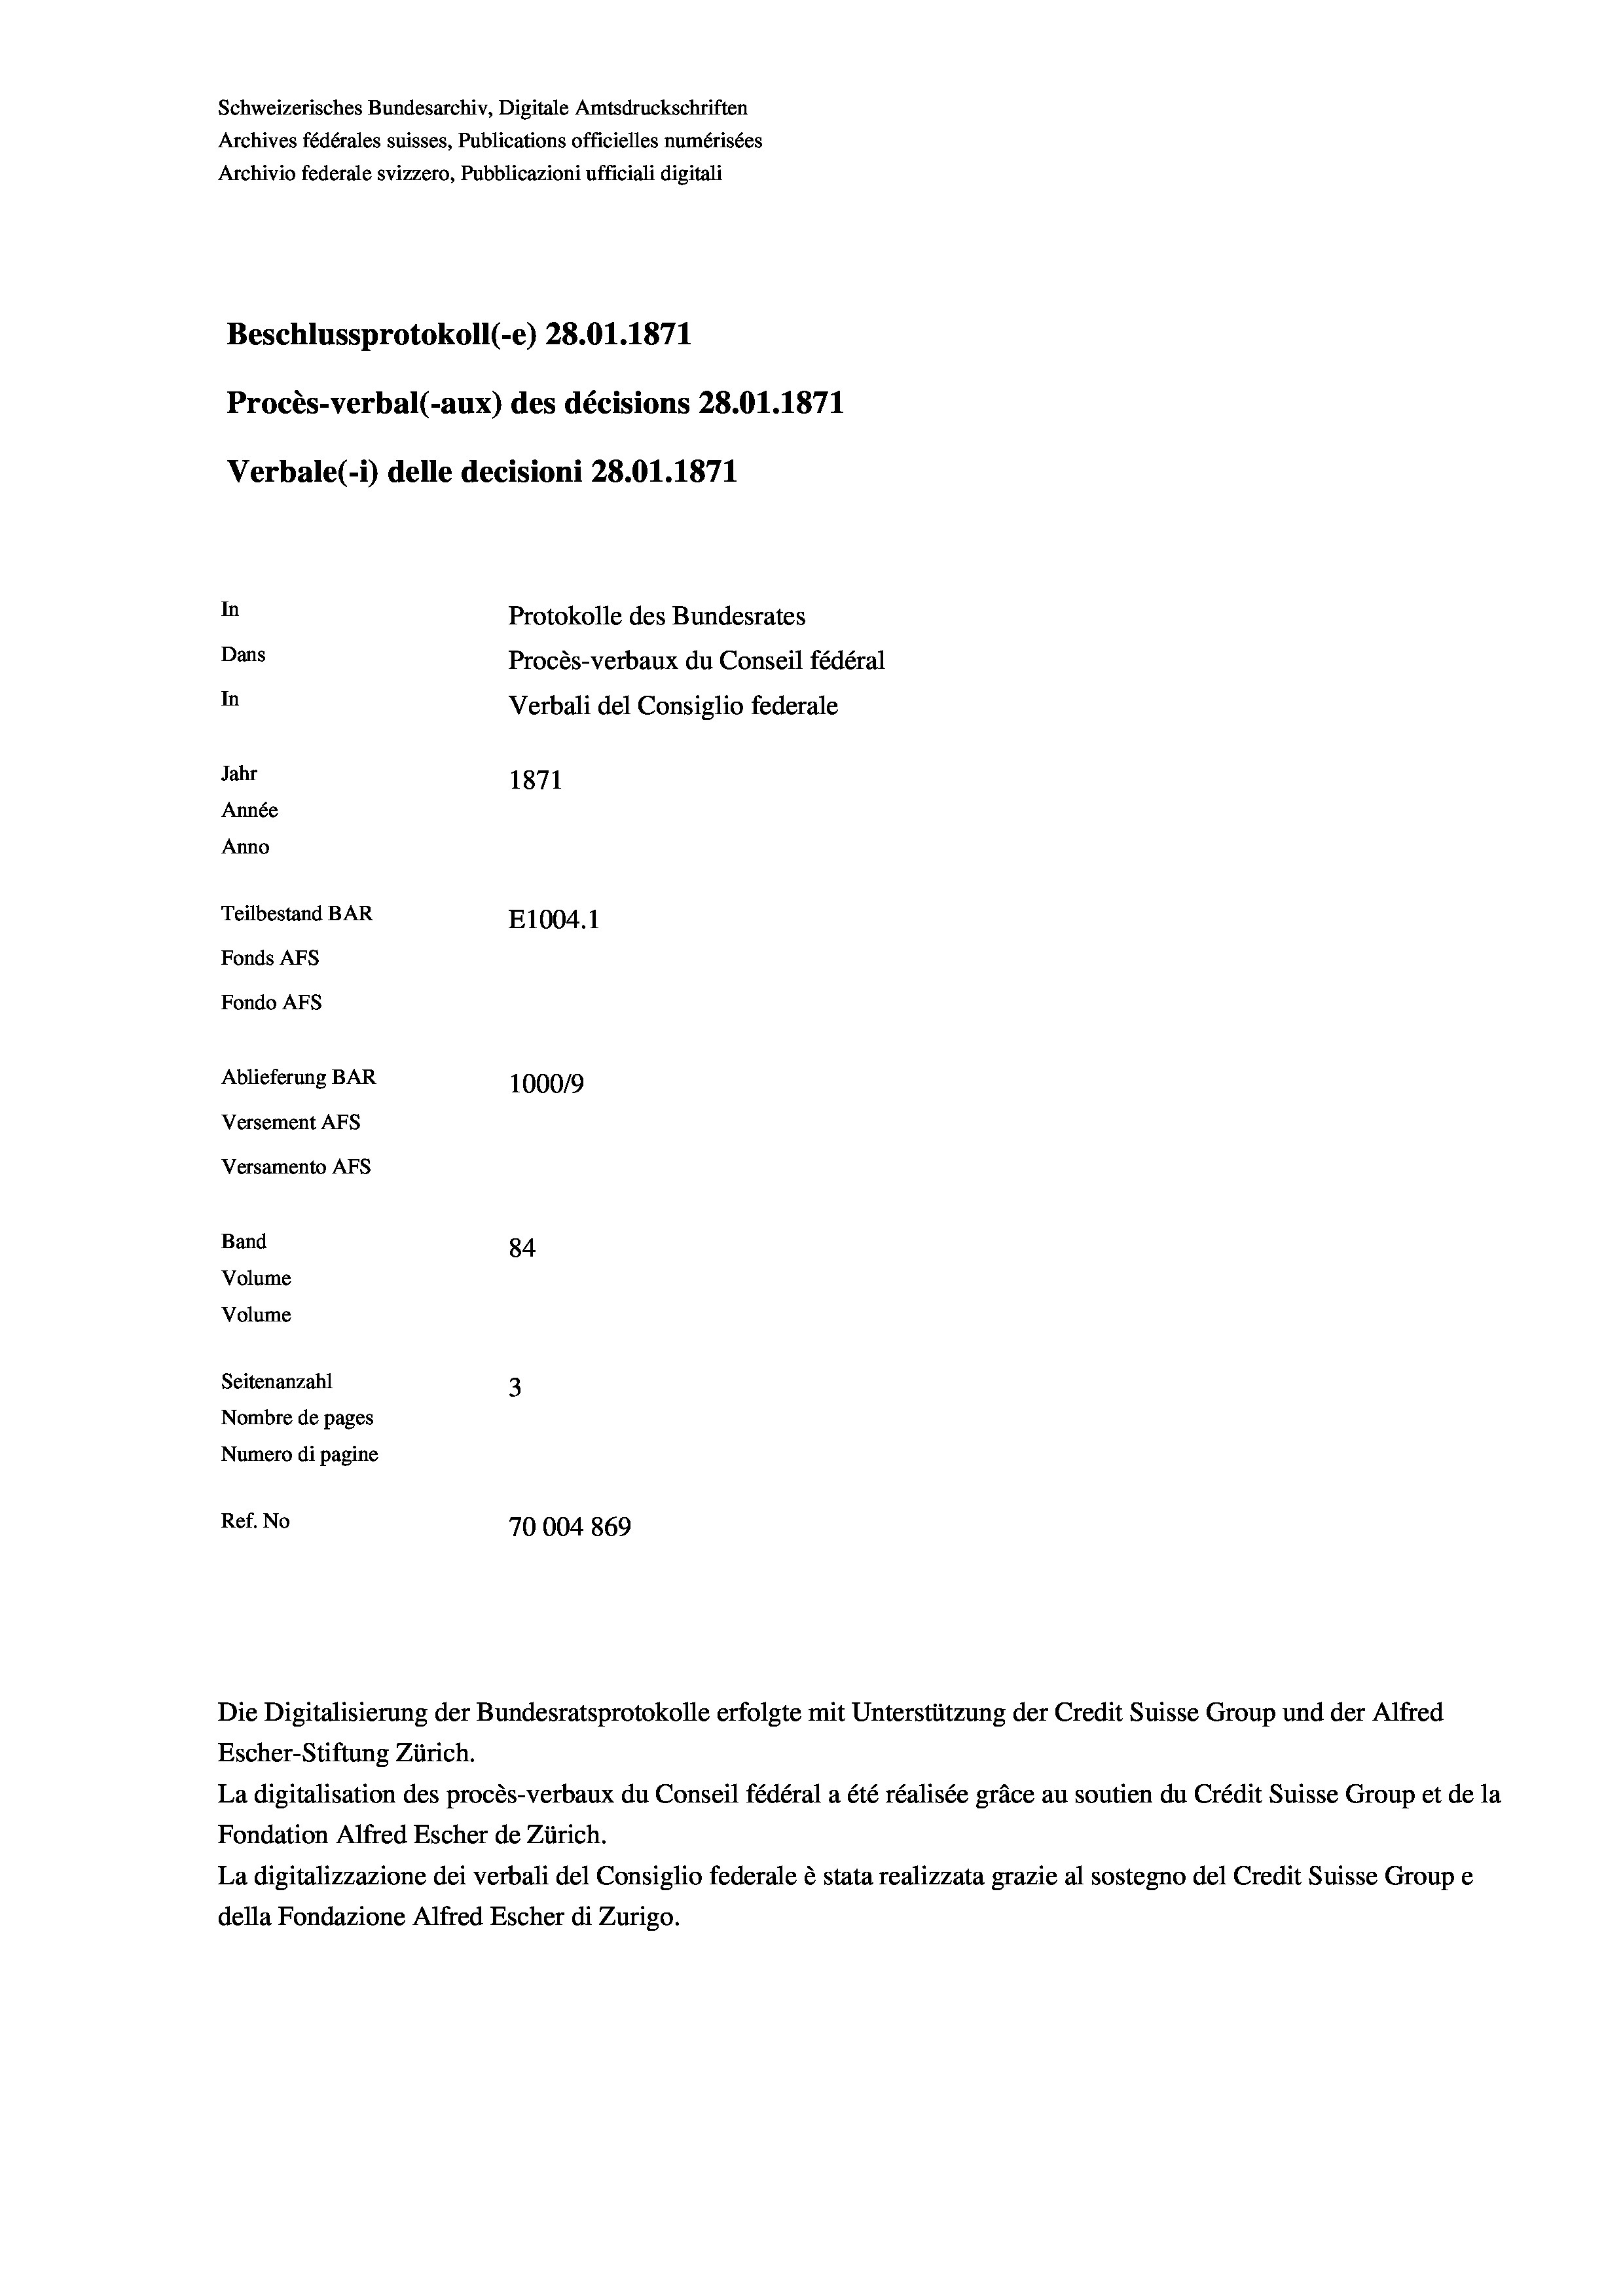
Schweizerisches Bundesarchiv, Digitale Amtsdruckschriften
Archives fédérales suisses, Publications officielles numérisées
Archivio federale svizzero, Pubblicazioni ufficiali digitali
Beschlussprotokoll (-e) 28.01. 1871
Procès-verbal (-aux) des décisions 28.01.1871
Verbale (- 1) delle decisioni 28.01. 1871
In
Protokolle des Bundesrates
Dans
Procès-verbaux du Conseil fédéral
In
Verbali del Consiglio federale
Jahr
1871
Année
Anno
Teilbestand BAR
E1004.1
Fonds AFs
Fondo AFs
Ablieferung BAR
100019
Versement Abs
Versamento Afs
Band
84
Volume
Volume
Seitenanzahl
3
Nombre de pages
Numero di pagine
Ref. No
70004 869

La digitalisation des procès-verbaux du Conseil fédéral a été réalisée gräce au soutien du Crédit Suisse Group et de la
Fondation Alfred Escher de Zürich.
La digitalizzazione dei verbali del Consiglio federale è stata realizzata grazie al sostegno del Credit Suisse Groupe
della Fondazione Alfred Escher di Zurigo.

Die Digitalisierung der Bundesratsprotokolle erfolgte mit Unterstützung der Credit Suisse Group und der Alfred
Escher-Stiftung Zürich.